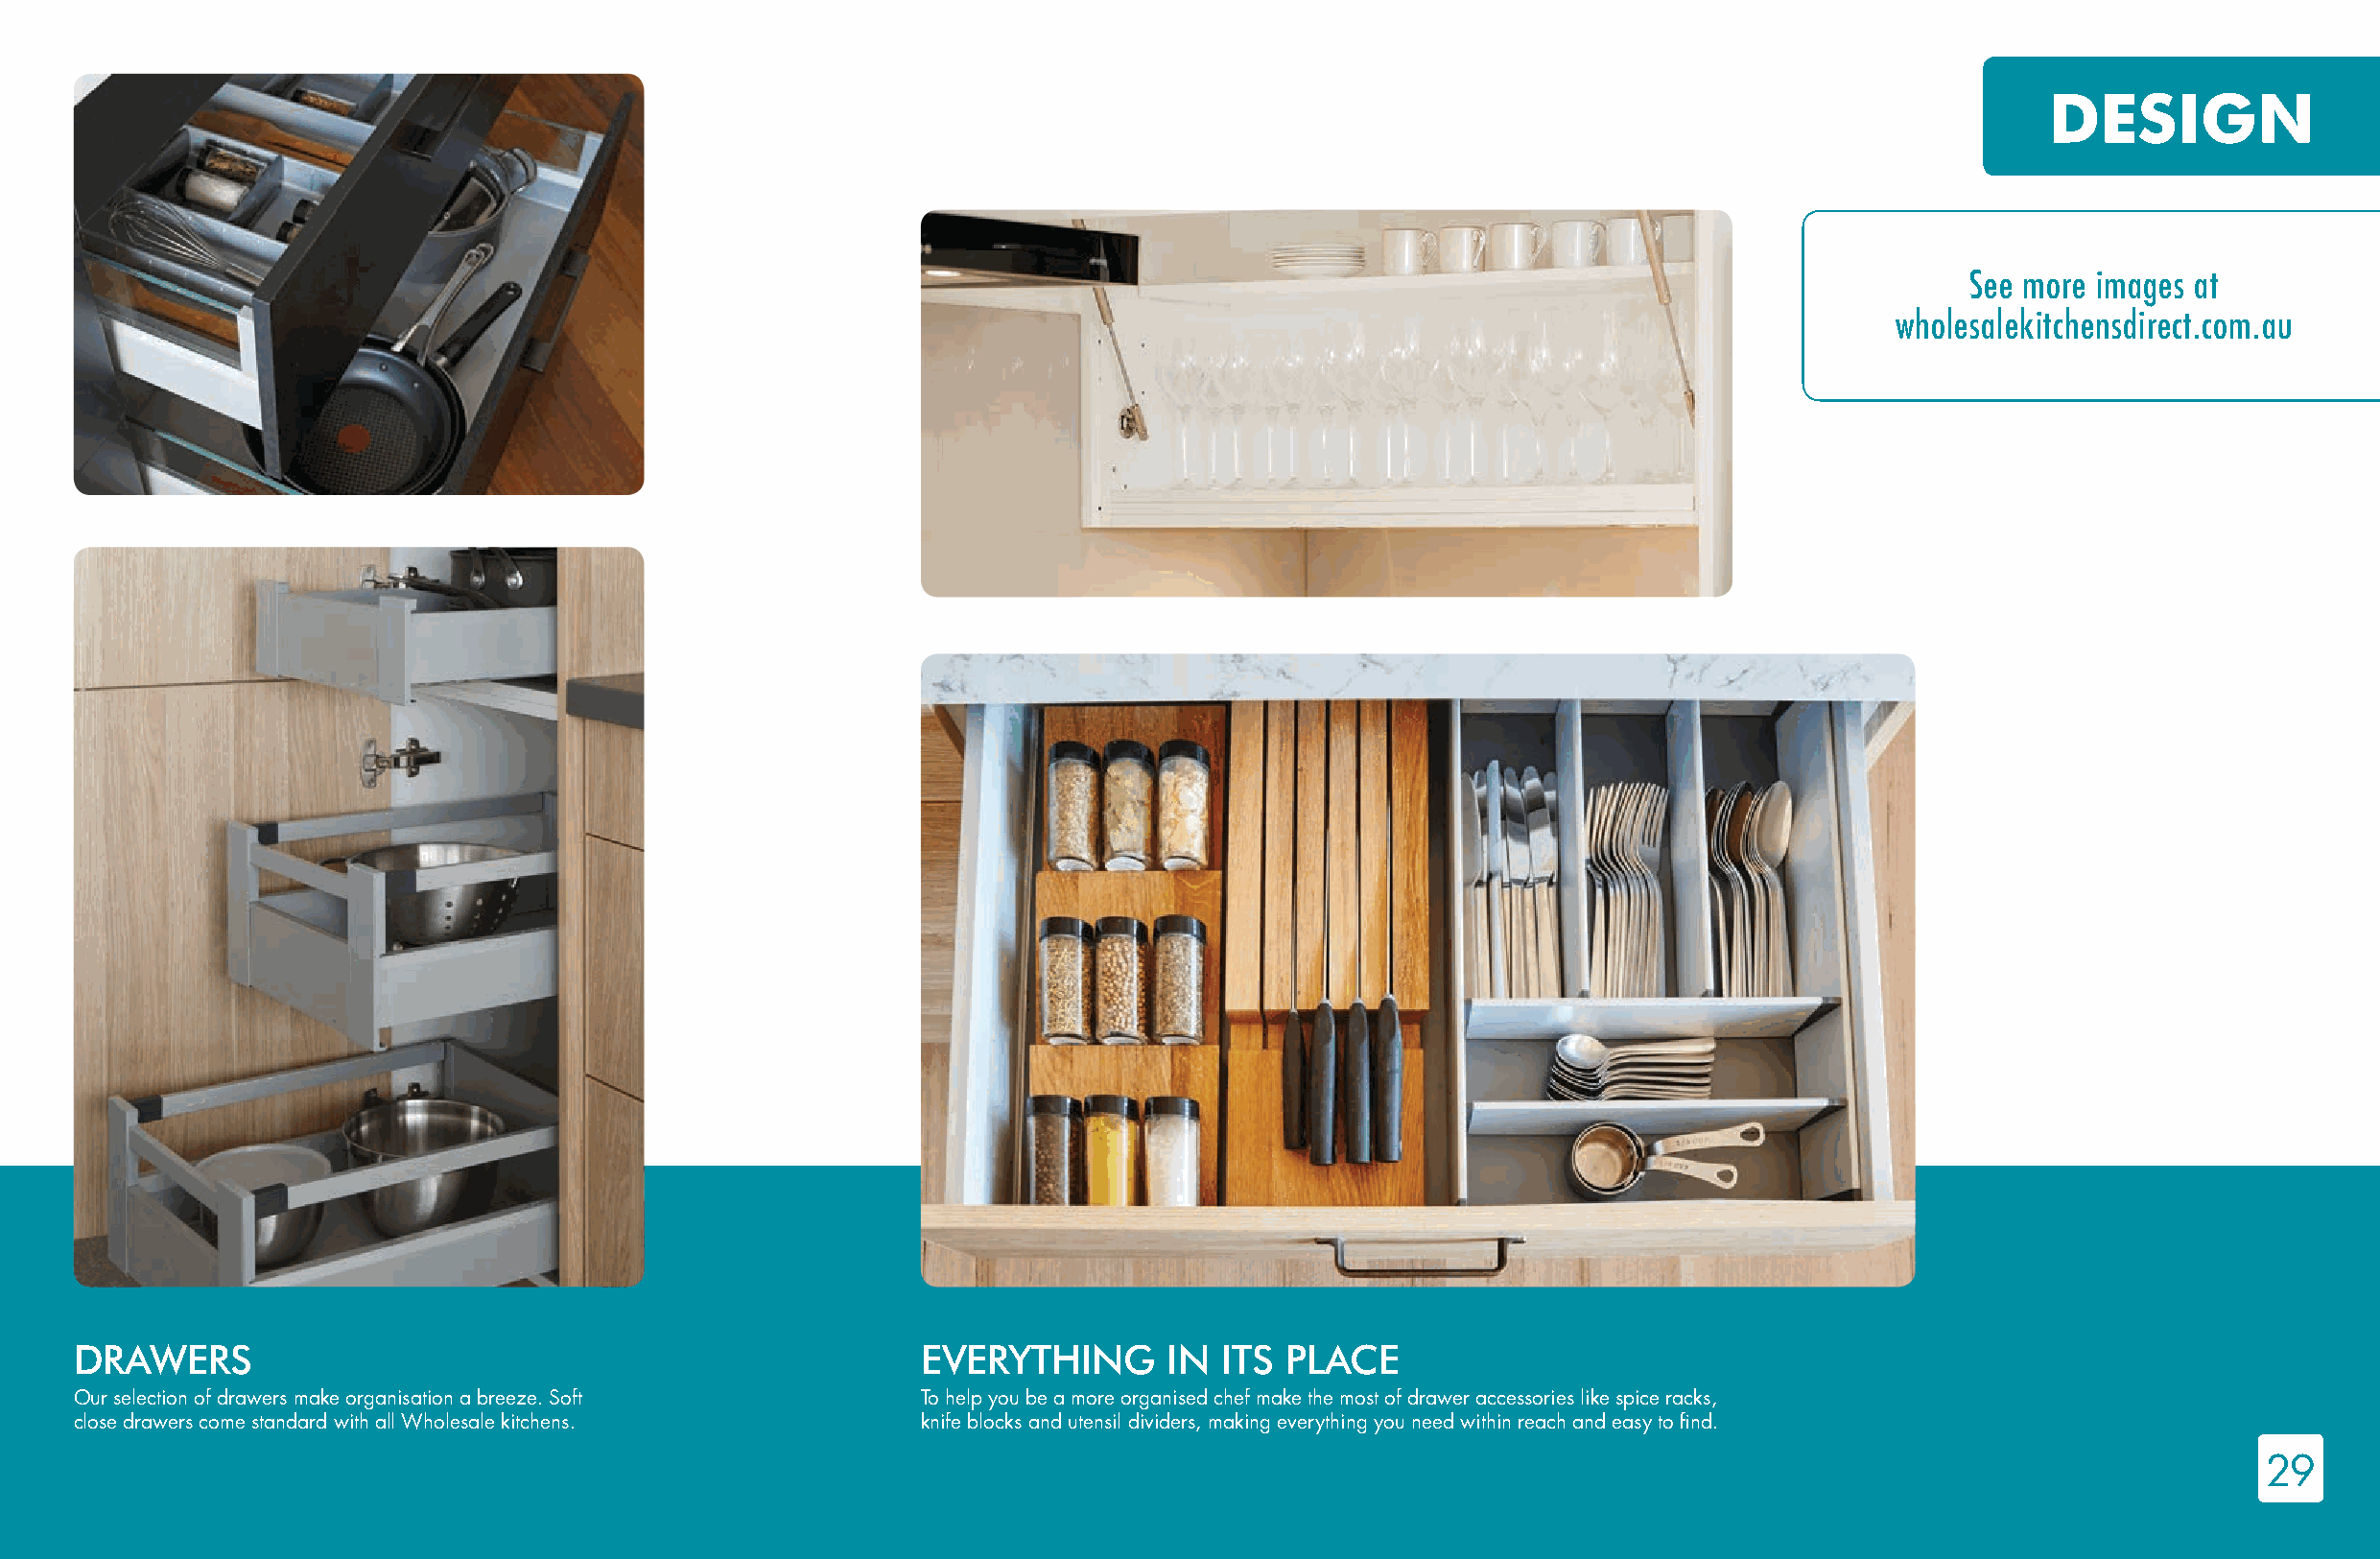
DESIGN
 See more images at
 wholesalekitchensdirect.com.au
 DRAWERS                                                    EVERYTHING       IN ITS  PLACE
 Our selection of drawers make organisation a breeze. Soft  To help you be a more organised chef make the most of drawer accessories like spice racks,
 close drawers come standard with all Wholesale kitchens.   knife blocks and utensil dividers, making everything you need within reach and easy to find.
 29